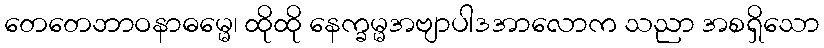
တေတေဘာဝနာဓမ္မေ၊ ထိုထို နေက္ခမ္မအဗျာပါဒအာလောက သညာ အစရှိသော